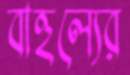
বাহুল্যের